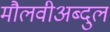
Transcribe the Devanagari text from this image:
मौलवीअब्दुल